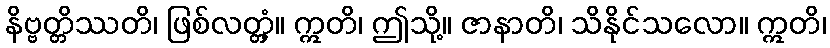
နိဗ္ဗတ္တိဿတိ၊ ဖြစ်လတ္တံ့။ ဣတိ၊ ဤသို့။ ဇာနာတိ၊ သိနိုင်သလော။ ဣတိ၊